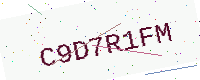
Text: C9D7R1FM